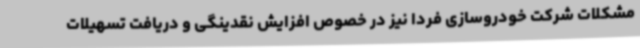
مشکلات شرکت خودروسازی فردا نیز در خصوص افزایش نقدینگی و دریافت تسهیلات